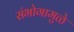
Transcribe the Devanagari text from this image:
संभोगामुळे